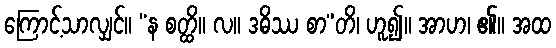
ကြောင့်သာလျှင်။ “န စတ္ထိ။ လ။ ဒဓိဿ စာ”တိ၊ ဟူ၍။ အာဟ၊ ၏။ အထ